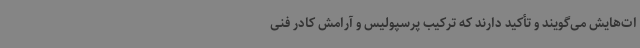
ات‌هایش می‌گویند و تأکید دارند که ترکیب پرسپولیس و آرامش کادر فنی